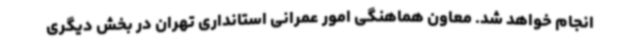
انجام خواهد شد. معاون هماهنگی امور عمرانی استانداری تهران در بخش دیگری